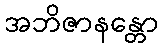
အဘိဇာနန္တော